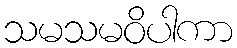
သမသမဝိပါကာ